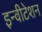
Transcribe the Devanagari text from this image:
इन्वीटेशन